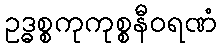
ဥဒ္ဓစ္စကုကုစ္စနီဝရဏံ